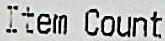
ITEM COUNT